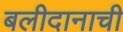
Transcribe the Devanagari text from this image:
बलीदानाची